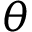
\theta